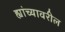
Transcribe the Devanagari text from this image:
ह्यांच्यावरील